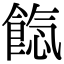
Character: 𩜐